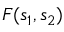
F ( s _ { 1 } , s _ { 2 } )